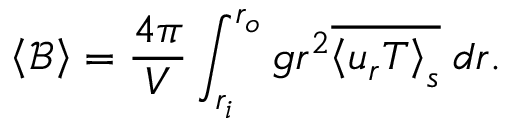
\left\langle \mathcal { B } \right\rangle = \frac { 4 \pi } { V } \int _ { r _ { i } } ^ { r _ { o } } g r ^ { 2 } \overline { { \left\langle u _ { r } T \right\rangle _ { s } } } \; d r .